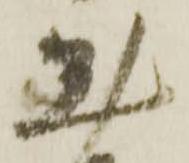
懸